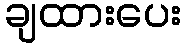
ချထားပေး